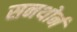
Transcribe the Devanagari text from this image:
सनथोर्न